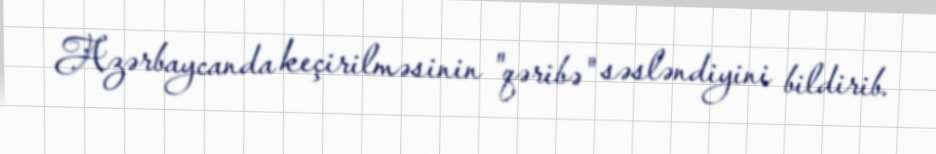
Azərbaycanda keçirilməsinin "qəribə" səsləndiyini bildirib.